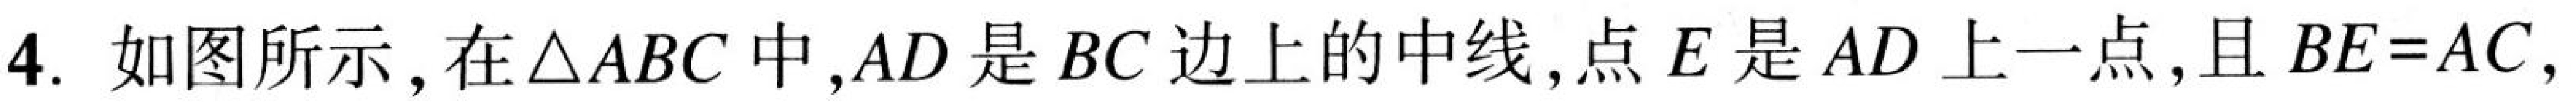
4. 如图所示，在\(\triangle ABC\)中，\(AD\)是\(BC\)边上的中线，点\(E\)是\(AD\)上一点，且\(BE = AC\)，